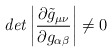
\begin{align*}{\it det} \left|\frac{\partial \tilde{g}_{\mu \nu }}{\partial g_{\alpha \beta }}\right| \neq 0\end{align*}